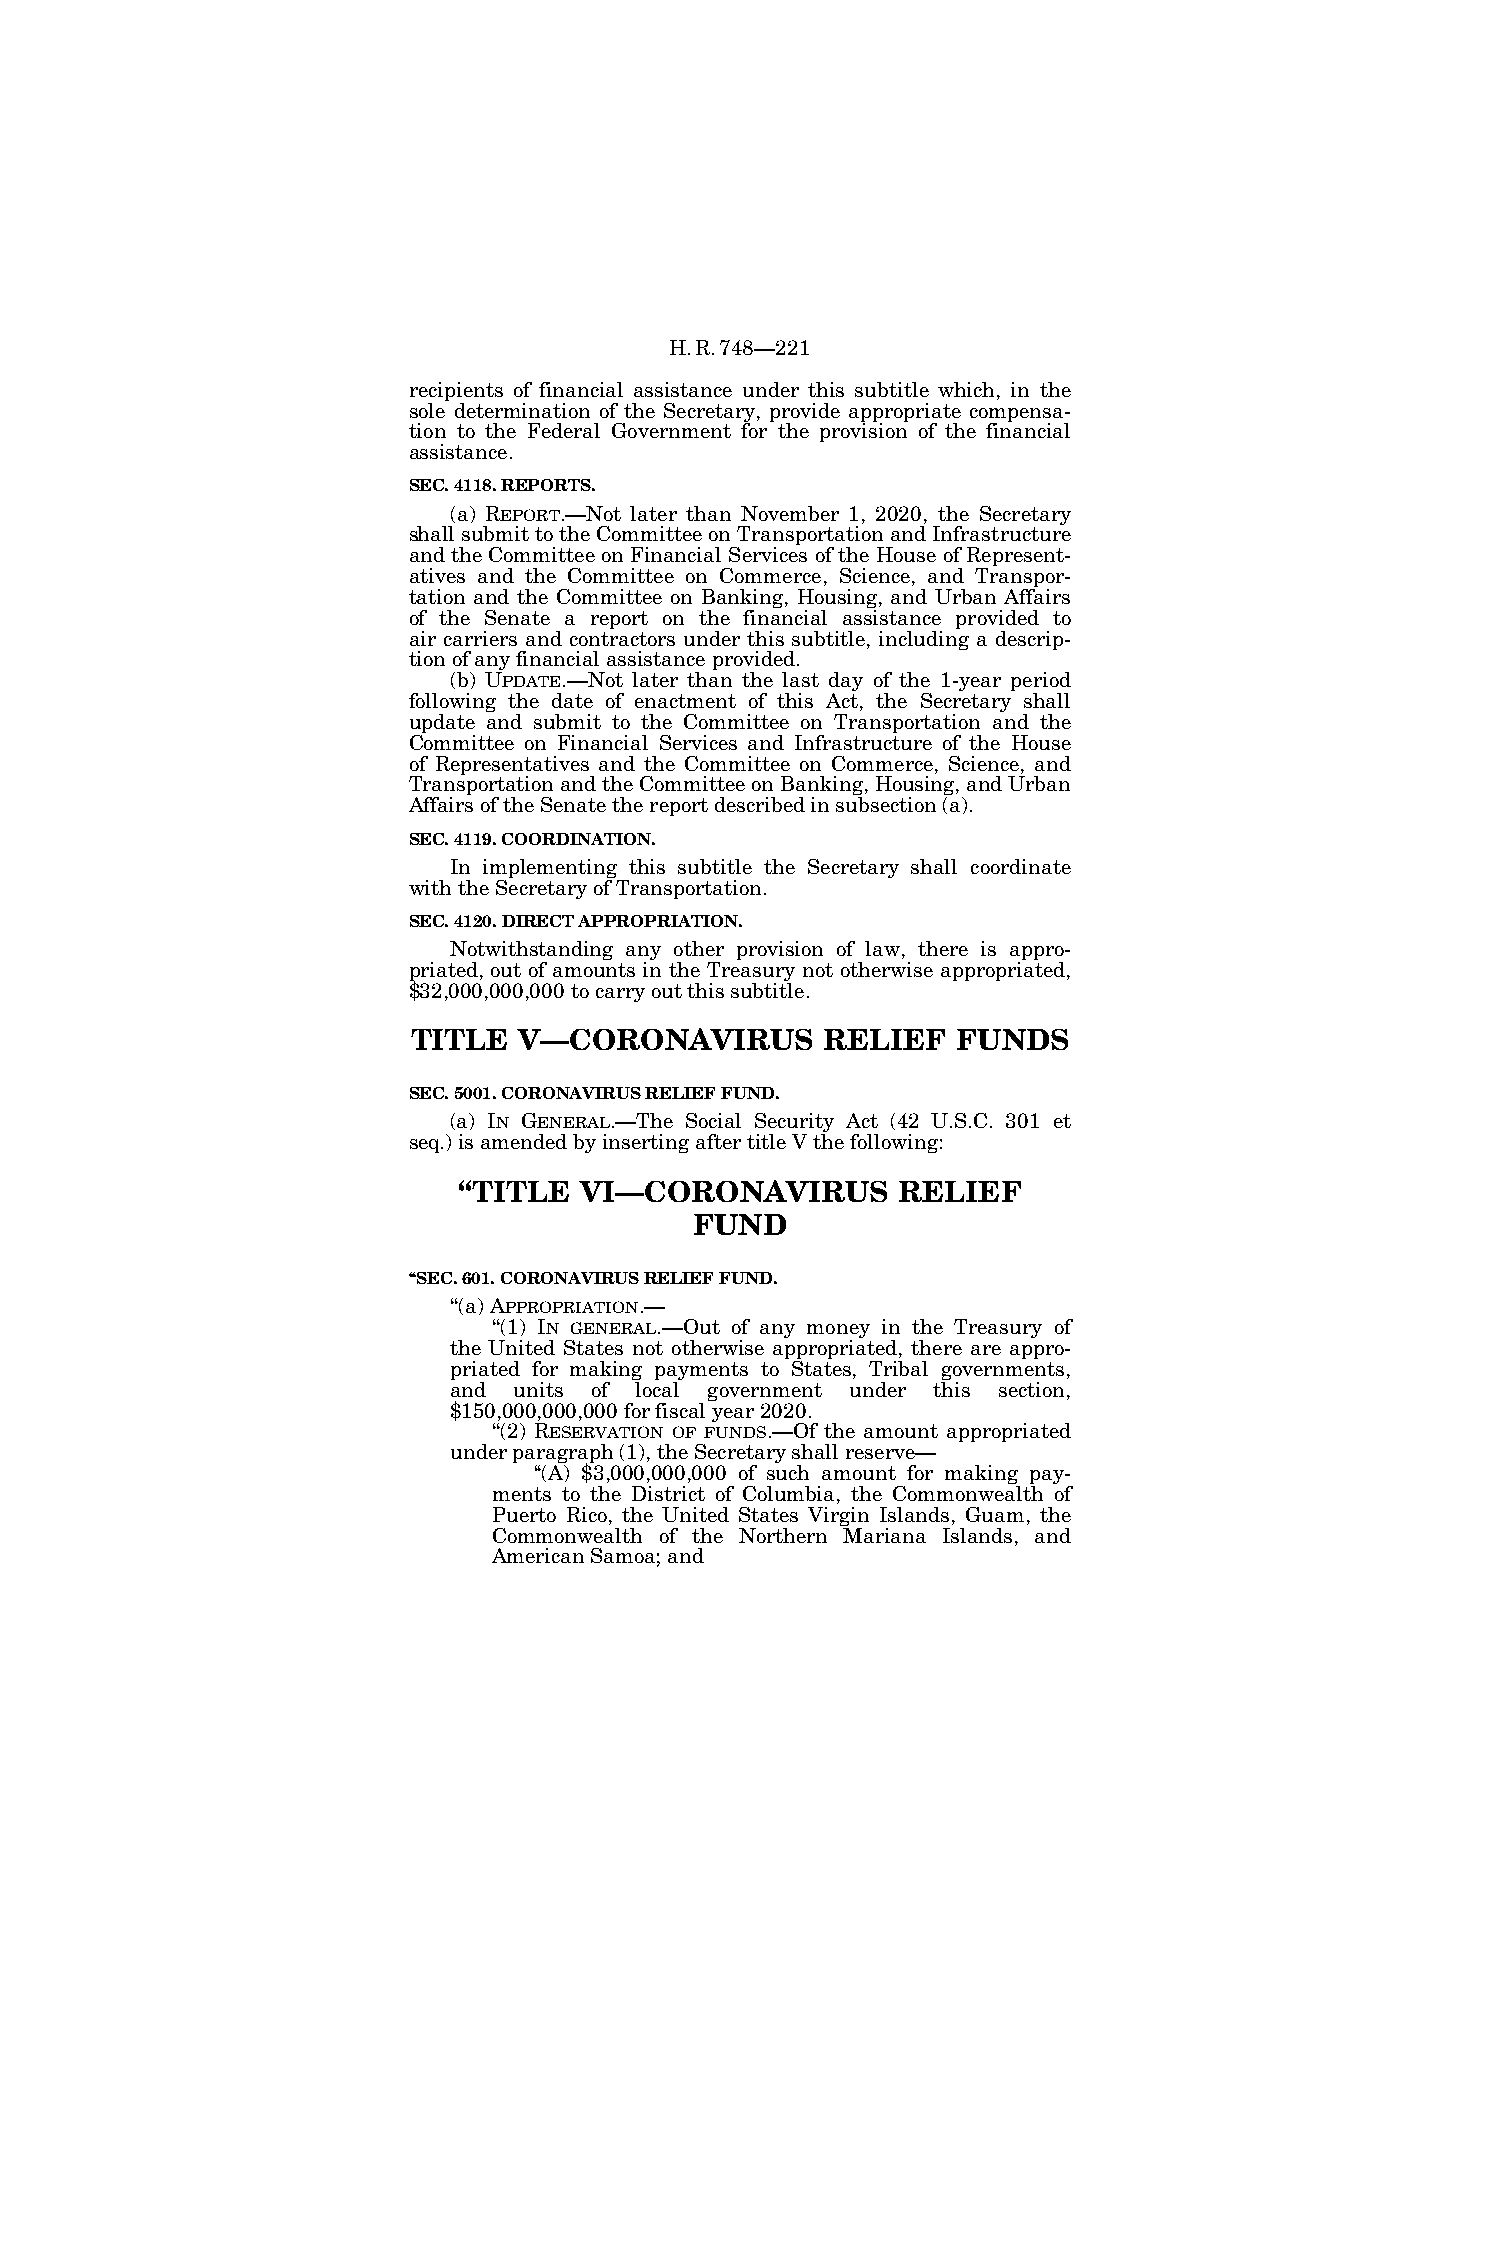
H.R.748—221
 recipients of financial assistance under this subtitle which, in the
 sole determination of the Secretary, provide appropriate compensa-
 tion to the Federal Government for the provision of the financial
 assistance.
 SEC. 4118. REPORTS.
 (a) REPORT.—Not later than November 1, 2020, the Secretary
 shall submit to the Committee on Transportation and Infrastructure
 and the Committee on Financial Services of the House of Represent-
 atives and the Committee on Commerce, Science, and Transpor-
 tation and the Committee on Banking, Housing, and Urban Affairs
 of the Senate a report on the financial assistance provided to
 air carriers and contractors under this subtitle, including a descrip-
 tion of any financial assistance provided.
 (b) UPDATE.—Not later than the last day of the 1-year period
 following the date of enactment of this Act, the Secretary shall
 update and submit to the Committee on Transportation and the
 Committee on Financial Services and Infrastructure of the House
 of Representatives and the Committee on Commerce, Science, and
 Transportation and the Committee on Banking, Housing, and Urban
 Affairs of the Senate the report described in subsection (a).
 SEC. 4119. COORDINATION.
 In implementing this subtitle the Secretary shall coordinate
 with the Secretary of Transportation.
 SEC. 4120. DIRECT APPROPRIATION.
 Notwithstanding any other provision of law, there is appro-
 priated, out of amounts in the Treasury not otherwise appropriated,
 $32,000,000,000 to carry out this subtitle.
 TITLE  V—CORONAVIRUS        RELIEF  FUNDS
 SEC. 5001. CORONAVIRUS RELIEF FUND.
 (a) IN GENERAL.—The Social Security Act (42 U.S.C. 301 et
 seq.) is amended by inserting after title V the following:
 ‘‘TITLE VI—CORONAVIRUS       RELIEF
 FUND
 ‘‘SEC. 601. CORONAVIRUS RELIEF FUND.
 ‘‘(a) APPROPRIATION.—
 ‘‘(1) IN GENERAL.—Out of any money in the Treasury of
 the United States not otherwise appropriated, there are appro-
 priated for making payments to States, Tribal governments,
 and units of local government under this section,
 $150,000,000,000 for fiscal year 2020.
 ‘‘(2) RESERVATION OF FUNDS.—Of the amount appropriated
 under paragraph (1), the Secretary shall reserve—
 ‘‘(A) $3,000,000,000 of such amount for making pay-
 ments to the District of Columbia, the Commonwealth of
 Puerto Rico, the United States Virgin Islands, Guam, the
 Commonwealth of the Northern Mariana Islands, and
 American Samoa; and